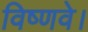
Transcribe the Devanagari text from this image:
विष्णवे।